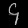
Digit: ၄